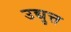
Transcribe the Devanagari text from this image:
उद्युत्त